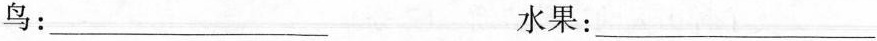
鸟：___ 水果：___